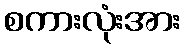
စကားလုံးအား